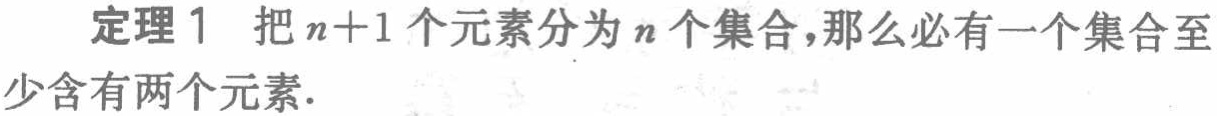
定理 1 把 \(n + 1\) 个元素分为 \(n\) 个集合，那么必有一个集合至少含有两个元素.